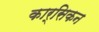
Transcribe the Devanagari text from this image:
कार्सिकन